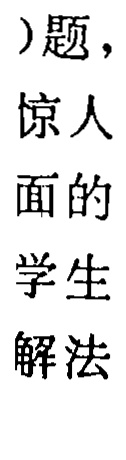
)题，

惊人

面的

学生

解法